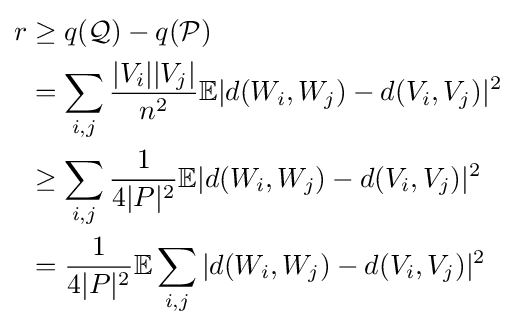
{\begin{aligned}r&\geq q({\mathcal {Q}})-q({\mathcal {P}})\\&=\sum _{i,j}{\frac {|V_{i}||V_{j}|}{n^{2}}}\mathbb {E} |d(W_{i},W_{j})-d(V_{i},V_{j})|^{2}\\&\geq \sum _{i,j}{\frac {1}{4|P|^{2}}}\mathbb {E} |d(W_{i},W_{j})-d(V_{i},V_{j})|^{2}\\&={\frac {1}{4|P|^{2}}}\mathbb {E} \sum _{i,j}|d(W_{i},W_{j})-d(V_{i},V_{j})|^{2}\end{aligned}}